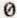
0